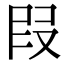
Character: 叚